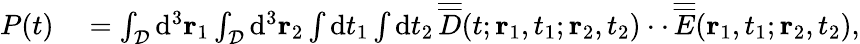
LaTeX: \begin{array}{rl}{P(t)}&{{}=\int_{\cal D}\mathrm{d}^{3}{\mathbf r}_{1}\int_{\cal D}\mathrm{d}^{3}{\mathbf r}_{2}\int\mathrm{d}t_{1}\int\mathrm{d}t_{2}\, \overline{{\overline{{D}}}}(t;{\mathbf r}_{1},t_{1};{\mathbf r}_{2},t_{2})\cdot\cdot\, \overline{{\overline{{E}}}}({\mathbf r}_{1},t_{1};{\mathbf r}_{2},t_{2}),}\end{array}